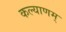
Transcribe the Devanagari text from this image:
कल्‍याणम्